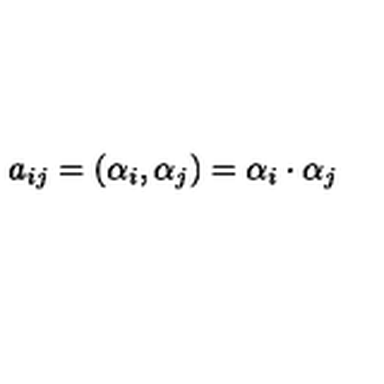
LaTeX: a _ { i j } = ( \alpha _ { i } , \alpha _ { j } ) = \alpha _ { i } \cdot \alpha _ { j }